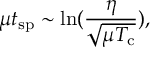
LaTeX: \mu t _ { \mathrm { s p } } \sim \ln ( \frac { \eta } { \sqrt { \mu T _ { \mathrm { c } } } } ) ,